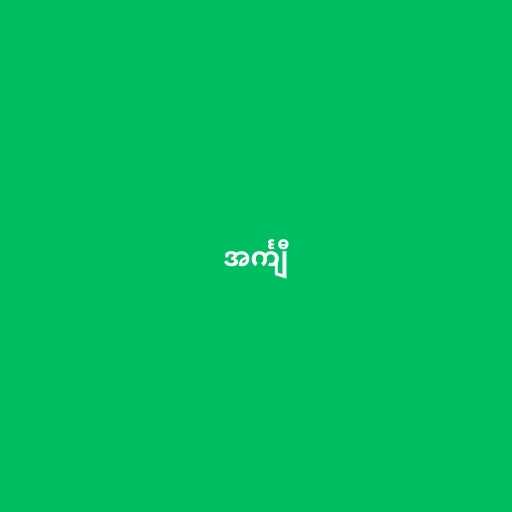
အင်္ကျီ